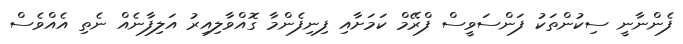
ފެންނާނީ ސިކުންތަކު ފަންސަވީސް ފްރޭމް ކަމަށާއި ފިނިފެންމާ ގޮއްވާލިއިރު އަލިފާނެއް ނެތި އެއްވެސް